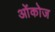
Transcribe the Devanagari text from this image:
ओंकोज